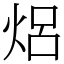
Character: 焒